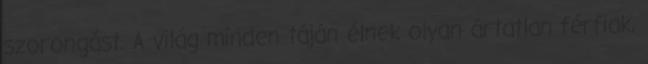
szorongást. A világ minden táján élnek olyan ártatlan férfiak,